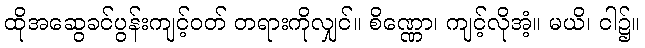
ထိုအဆွေခင်ပွန်းကျင့်ဝတ် တရားကိုလျှင်။ စိဏ္ဏော၊ ကျင့်လိုအံ့။ မယိ၊ ငါ၌။